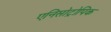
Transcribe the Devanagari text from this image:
एनिसोट्रोपिक